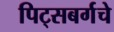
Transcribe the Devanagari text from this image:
पिट्सबर्गचे